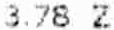
3.78 Z